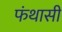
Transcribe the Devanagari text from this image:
फंथासी